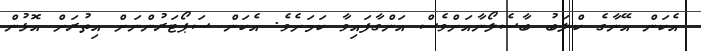
އެކަން އޭނާގެ ކްލަބު ބާސެލޯނާއަށްވެސް އަންގާފައިވާ ކަމަށެވެ. އެކަން ސަޕޯޓަރުންނަށް އިތުރަށް އޮޅުން